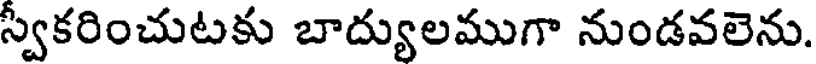
స్వకరించుటకు బాద్యులముగా నుండవలెను.